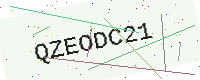
Text: QZEODC21